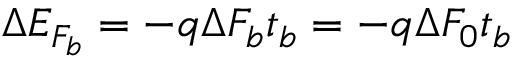
\Delta E _ { F _ { b } } = - q \Delta F _ { b } t _ { b } = - q \Delta F _ { 0 } t _ { b }